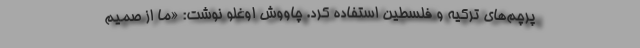
پرچم‌های ترکیه و فلسطین استفاده کرد. چاووش اوغلو نوشت: «ما از صمیم